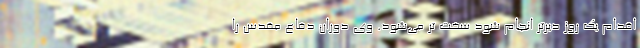
اقدام یک روز دیرتر انجام شود سخت تر می‌شود. وی دوران دفاع مقدس را